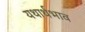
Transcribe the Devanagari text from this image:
यथार्थभाव